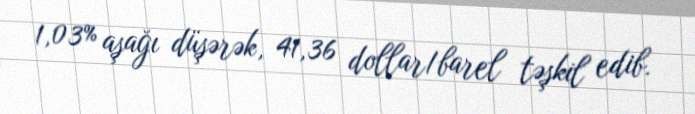
1,03% aşağı düşərək, 41,36 dollar/barel təşkil edib.